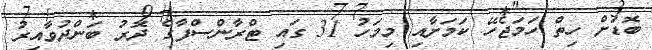
ބޮޑަށް ހިތް ހަމަޖެހޭ ކަމަށާއި މިމަހު 31 ގައި ޓްރާންސްފާގެ ދޮރު ބަންދުވާއިރު